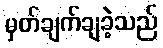
မှတ်ချက်ချခဲ့သည်